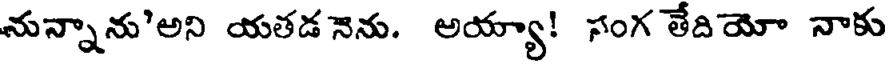
నున్నాను'అని యతడ నెను. అయ్యా! సంగ తేదియో నాకు